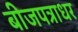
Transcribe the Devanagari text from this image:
बीजपत्राधर